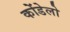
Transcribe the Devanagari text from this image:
कोंडेलो